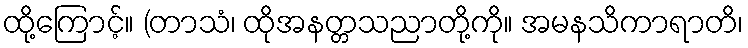
ထို့ကြောင့်။ (တာသံ၊ ထိုအနတ္တသညာတို့ကို။ အမနသိကာရာတိ၊